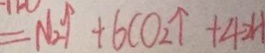
= N _ { 2 } \uparrow + 6 C O _ { 2 } \uparrow + 4 2 H